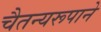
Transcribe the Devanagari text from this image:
चैतन्यरूपाने